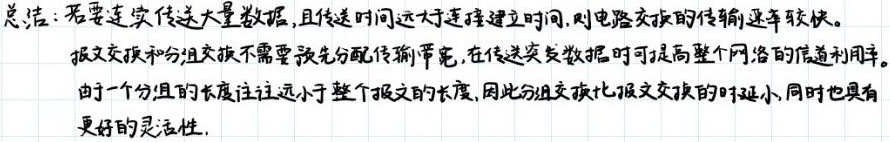
总结：若要连续传送大量数据，且传送时间远大于连接建立时间，则电路交换的传输速率较快。
报文交换和分组交换不需要预先分配传输带宽，在传送突发数据时可提高整个网络的信道利用率。
由于一个分组的长度往往远小于整个报文的长度，因此分组交换比报文交换的时延小，同时也具有更好的灵活性.